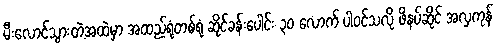
မီးလောင်သွားတဲ့အထဲမှာ အထည်ရုံတစ်ရုံ ဆိုင်ခန်းပေါင်း ၃၀ လောက် ပါဝင်သလို ဖိနပ်ဆိုင် အလှကုန်